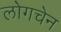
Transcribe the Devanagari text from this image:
लोगचेन